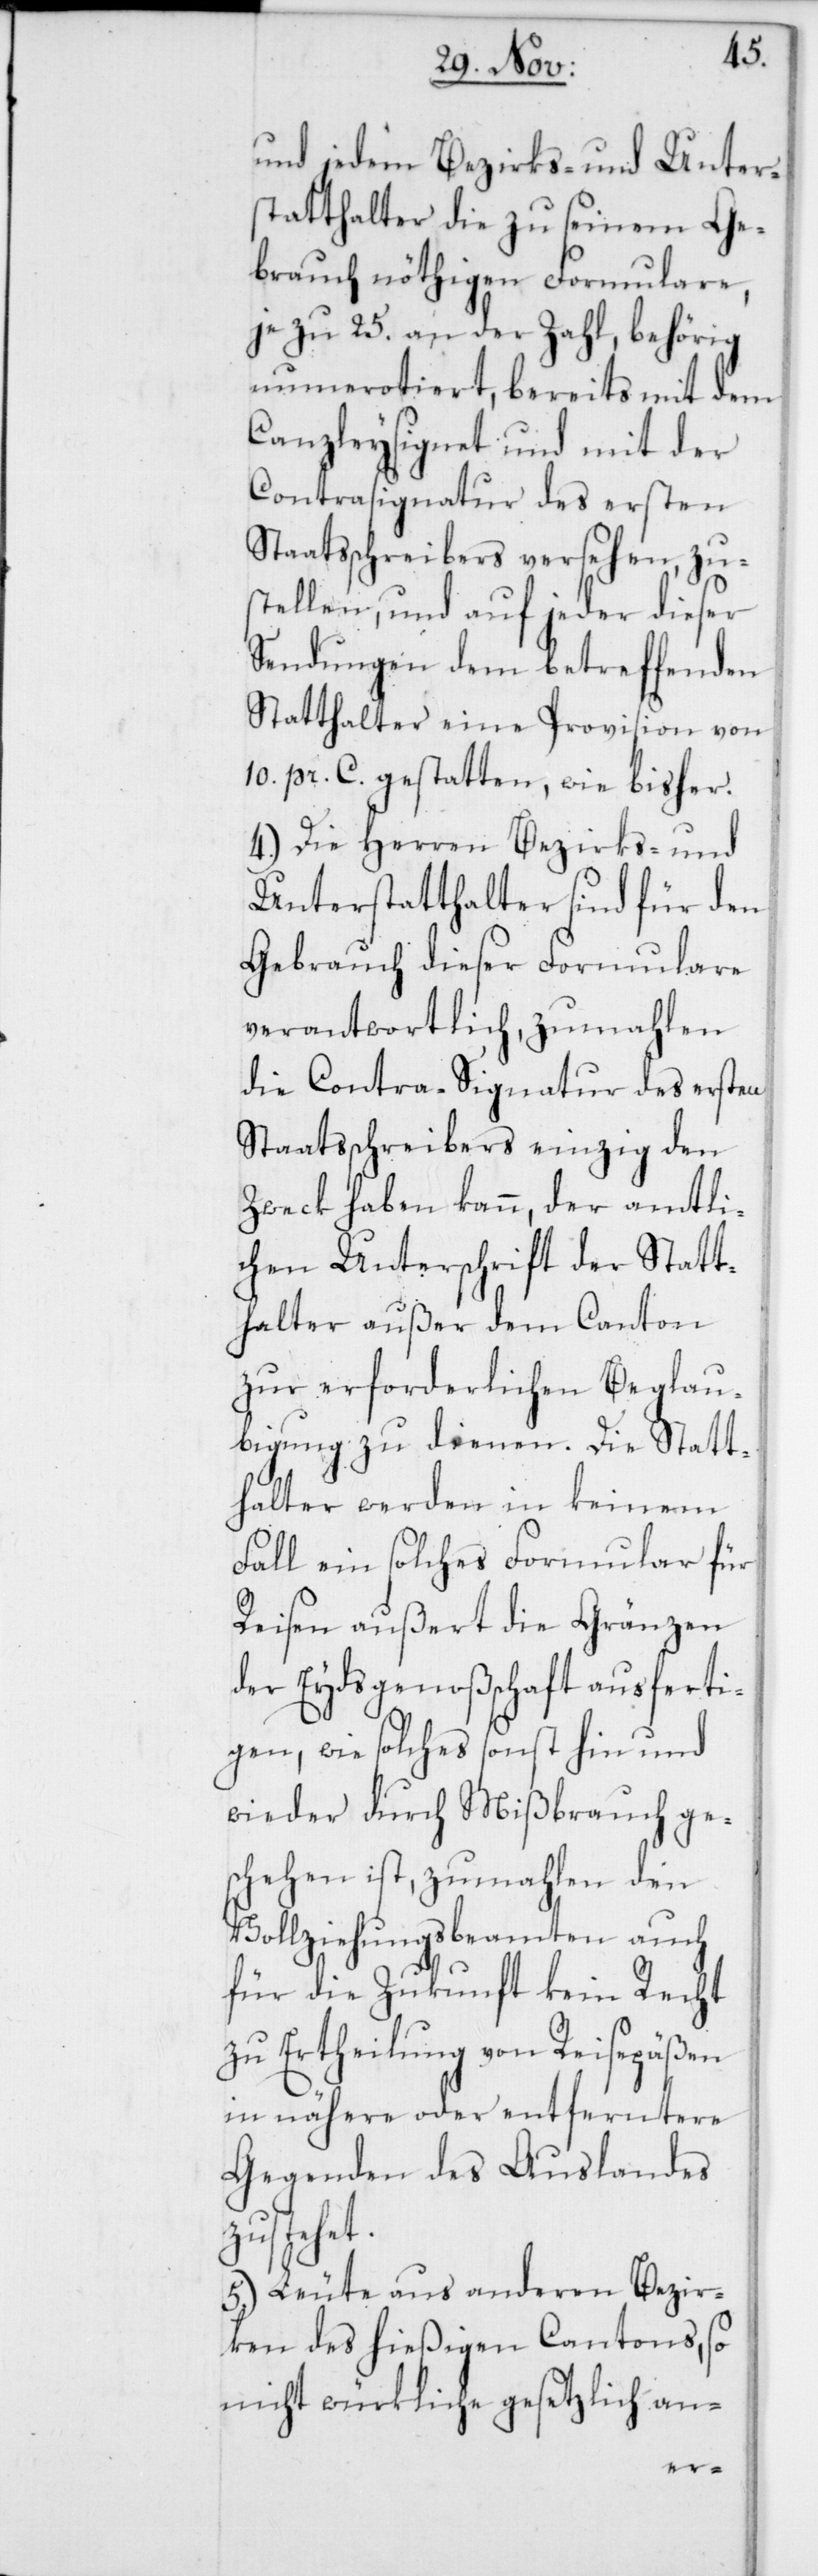
und jedem Bezirks- und Unter¬
statthalter die zu seinem Ge¬
brauch nöthigen Formulare,
je zu 25 an der Zahl, behörig
numerotiert, bereits mit dem
Canzleysignet und mit der
Contrasignatur des ersten
Staatsschreibers versehen, zu¬
stellen, und auf jeder dieser
Sendungen dem betreffenden
Statthalter eine Provision von
10 pr. C. gestatten, wie bisher.
4.) Die Herren Bezirks- und
Unterstatthalter sind für den
Gebrauch dieser Formulare
verantwortlich, zumahlen
die Contra-Signatur des ersten
Staatsschreibers einzig den
Zweck haben kann, der amtli¬
chen Unterschrift der Statt¬
halter außer dem Canton
zu erforderlichen Beglau¬
bigung zu dienen. Die Statt¬
halter werden in keinem
Fall ein solches Formular für
Reisen außert die Gränzen
der Eydsgenoßenschaft ausferti¬
gen, wie solches sonst hin und
wieder durch Mißbrauch ge¬
schehen ist, zumahlen den
Vollziehungsbeamten auch
für die Zukunft kein Recht
zu Ertheilung von Reisepäßen
in nähere oder entferntere
Gegenden des Auslandes
zustehet.
5.) Leute aus anderen Bezir¬
ken des hießigen Cantons, so
nicht würkliche gesetzlich an-